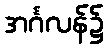
အင်္ဂလန်၌